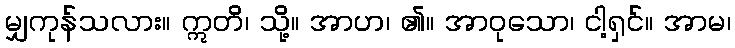
မျှကုန်သလား။ ဣတိ၊ သို့။ အာဟ၊ ၏။ အာဝုသော၊ ငါ့ရှင်။ အာမ၊